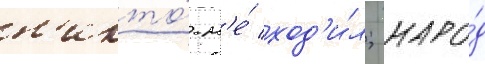
н'икто́ н'е́ ход'и́л; наро́д